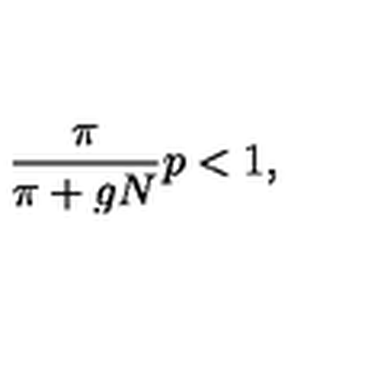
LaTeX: \frac { \pi } { \pi + g N } p < 1 ,